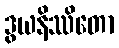
ဒွယနိဿိတော